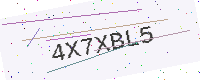
Text: 4X7XBL5